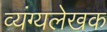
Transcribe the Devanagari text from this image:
व्यंग्यलेखक